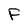
Character: F